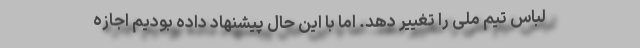
لباس تیم ملی را تغییر دهد. اما با این حال پیشنهاد داده بودیم اجازه